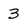
Character: 3